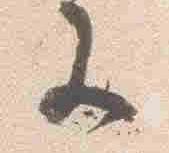
等